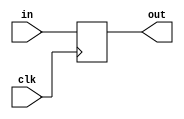
module vDFF(clk, in, out);
	parameter n = 1;
	input clk;
	input [n-1:0] in;
	output [n-1:0] out;
	reg [n-1:0] out;

	always @(posedge clk) begin
		out = in;
	end
endmodule